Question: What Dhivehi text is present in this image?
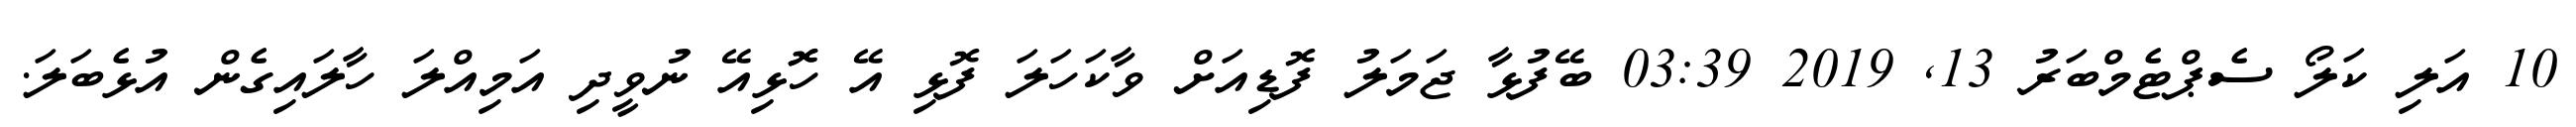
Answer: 10 އަލި ކަލޯ ސެޕްޓެމްބަރު 13, 2019 03:39 ބޭފުޅާ ޖަމަލު ފޮޑިއަށް ވާކަހަލަ ފޮޅި އޭ ހޮޮޅިއޭ ނުވީދި އަމިއްލަ ހާލައިގެން އުޅެބަލަ.